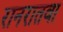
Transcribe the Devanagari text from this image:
रानरातवा